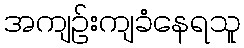
အကျဉ်းကျခံနေရသူ